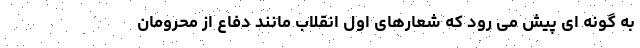
به گونه ای پیش می رود که شعارهای اول انقلاب مانند دفاع از محرومان